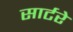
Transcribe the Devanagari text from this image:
सार्टरे